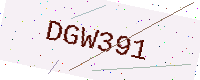
Text: DGW391